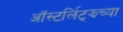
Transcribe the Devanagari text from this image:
ऑस्टर्लिट्झच्या